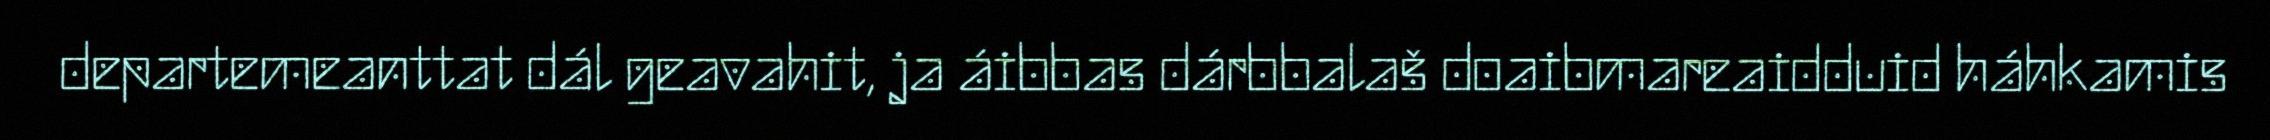
departemeanttat dál geavahit, ja áibbas dárbbalaš doaibmareaidduid háhkamis